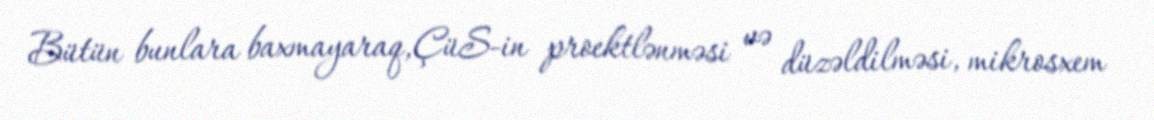
Bütün bunlara baxmayaraq,ÇüS-in proektlənməsi və düzəldilməsi, mikrosxem